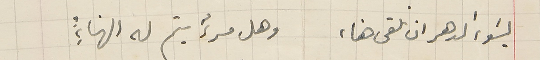
يسَوء الدهر ان نلقى هناء، وهل مرءٌ يتم له الهناءُ